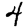
Digit: 4